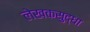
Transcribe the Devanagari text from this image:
लेखकसुद्धा